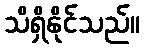
သိရှိနိုင်သည်။